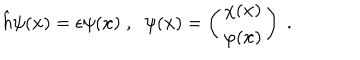
LaTeX: \hat { h } \psi ( { \bf x } ) = \epsilon \psi ( { \bf x } ) \; , \; \; \psi ( { \bf x } ) = \left( \begin{array} { c } { { \chi ( { \bf x } ) } } \\ { { \varphi ( { \bf x } ) } } \\ \end{array} \right) \; .